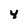
Character: 4